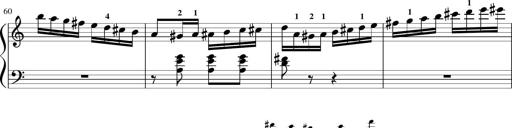
Title: Sonatina in G major
Composer: Friedrich Kuhlau
Key: G major